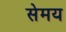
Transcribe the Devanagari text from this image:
सेमय